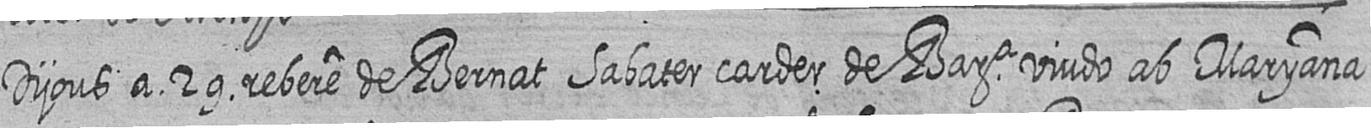
Dijous a 29 rebere de Bernat Sabater carder de Bara viudo ab Maryana